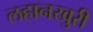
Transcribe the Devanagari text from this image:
लहानखुरी